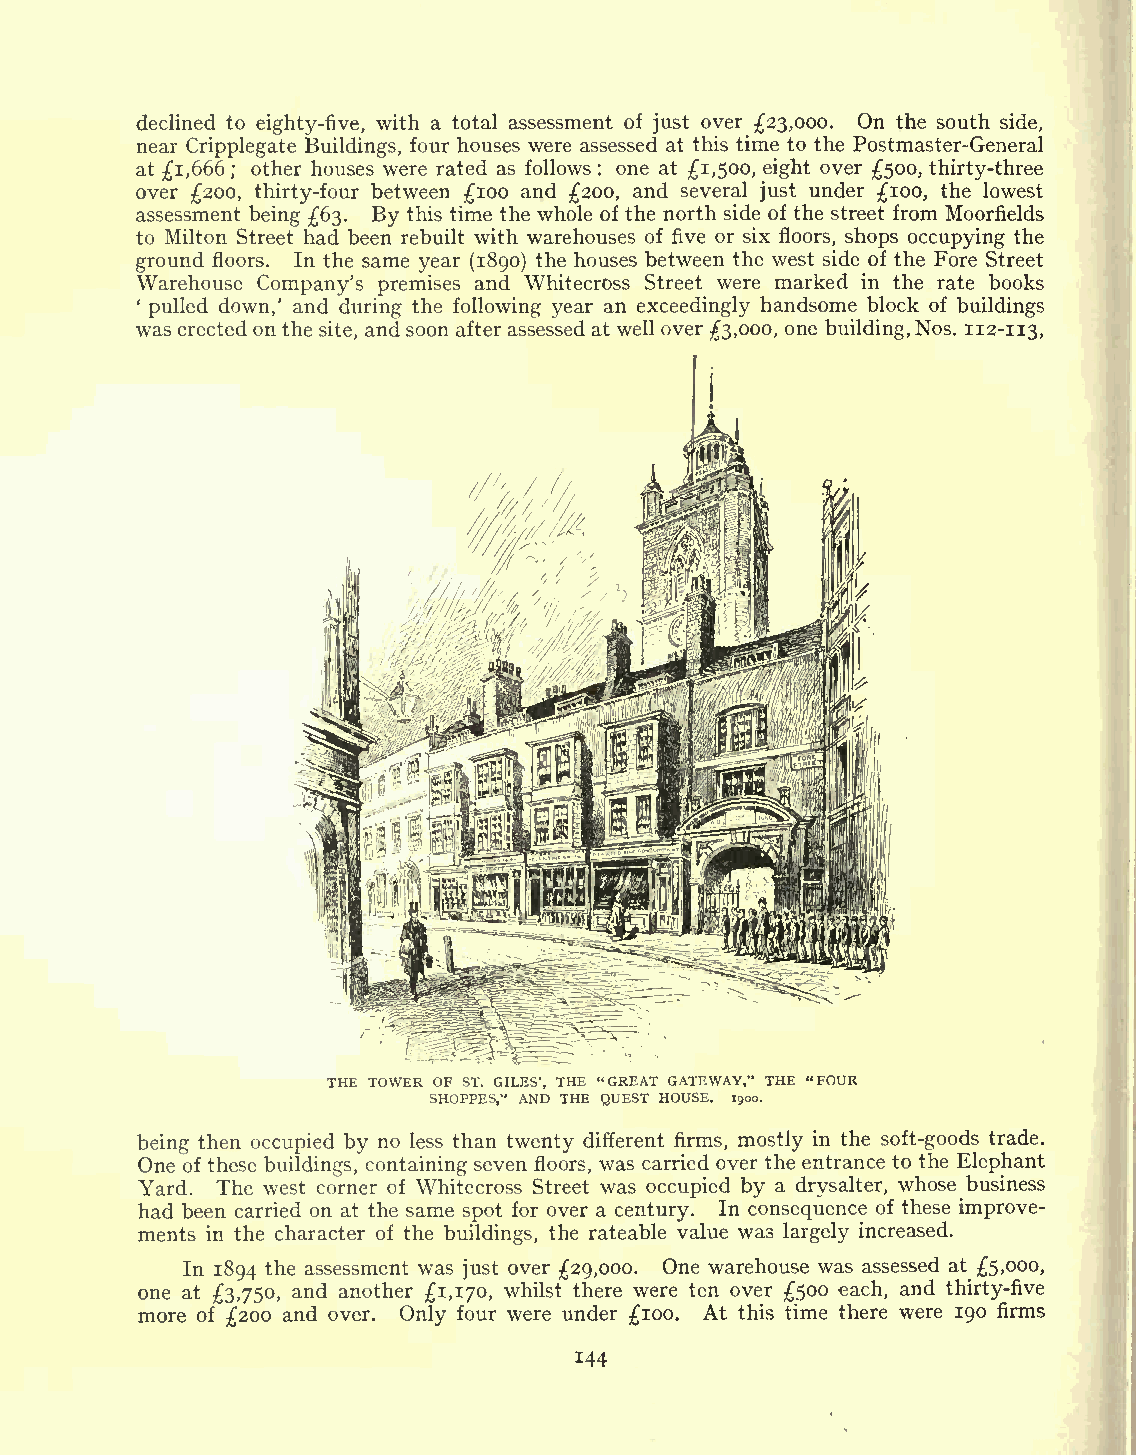
declined to eighty-five, with a total assessment of just over 23,000. On the south side,
 near Cripplegate Buildings, four houses were assessed at this time to the Postmaster-General
 at 1,666 ; other houses were rated as follows : one at 1,500, eight over 500, thirty-three
 over 200, thirty-four between 100 and 200, and several just under 100, the lowest
 assessment being 63. By this time the whole of the north side of the street from Moorfields
 to Milton Street had been rebuilt with warehouses of five or six floors, shops occupying the
 ground floors. In the same year (1890) the houses between the west side of the Fore Street
 Warehouse Company's premises and Whitecross Street were marked in the rate books
 ' pulled down,' and during the following year an exceedingly handsome block of buildings
 was erected on the site, andsoon after assessed at well over 3,000, one building,Nos. 112-113,
 THE TOWER OF ST. GILES', THE "GREAT GATEWAY," THE 'FOUR
 SHOPPES," AND THE QUEST HOUSE. 1900.
 being then occupied by no less than twenty different firms, mostly in the soft-goods trade.
 One of these buildings, containing seven floors, was carried over the entrance to the Elephant
 Yard. The west corner of Whitecross Street was occupied by a drysalter, whose business
 had been carried on at the same spot for over a century. In consequence of these improve-
 ments in the character of the buildings, the rateable value was largely increased.
 In 1894 the assessment was just over 29,000. One warehouse was assessed at 5,000,
 one at "3,750, and another 1,170, whilst there were ten over 500 each, and thirty-five
 more of 200 and over. Only four were under 100. At this time there were 190 firms
 144